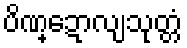
ပိဏ္ဍောလျသုတ္တံ